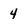
Character: 4